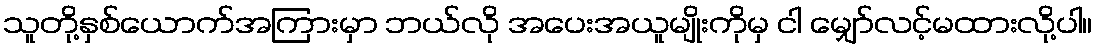
သူတို့နှစ်ယောက်အကြားမှာ ဘယ်လို အပေးအယူမျိုးကိုမှ ငါ မျှော်လင့်မထားလို့ပါ။